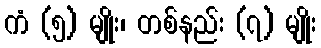
ကံ (၅) မျိုး၊ တစ်နည်း (၇) မျိုး